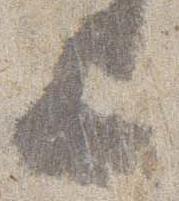
上